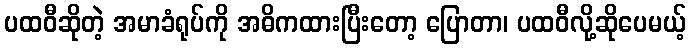
ပထဝီဆိုတဲ့ အမာခံရုပ်ကို အဓိကထားပြီးတော့ ပြောတာ၊ ပထဝီလို့ဆိုပေမယ့်